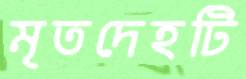
মৃতদেহটি